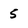
Character: 5